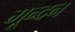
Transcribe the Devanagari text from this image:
मून्दन